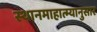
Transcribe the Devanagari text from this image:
स्थानमाहात्म्यानुसार